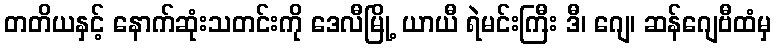
တတိယနှင့် နောက်ဆုံးသတင်းကို ဒေလီမြို့ ယာယီ ရဲမင်းကြီး ဒီ၊ ဂျေ၊ ဆန်ဂျေဗီထံမှ